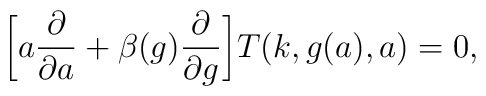
\biggr[ a \frac{\partial}{\partial a}+ \beta(g)\frac{\partial}{\partial g}\biggr]T(k,g(a),a)=0,